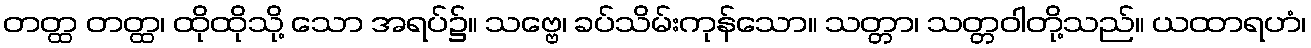
တတ္ထ တတ္ထ၊ ထိုထိုသို့ သော အရပ်၌။ သဗ္ဗေ၊ ခပ်သိမ်းကုန်သော။ သတ္တာ၊ သတ္တဝါတို့သည်။ ယထာရဟံ၊